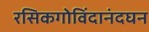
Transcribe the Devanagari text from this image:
रसिकगोविंदानंदघन